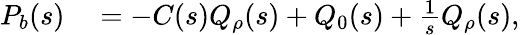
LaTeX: \begin{array}{rl}{{P}_{b}(s)}&{{}=-C(s)Q_{\rho}(s)+Q_{0}(s)+\frac{1}{s}Q_{\rho}(s),}\end{array}